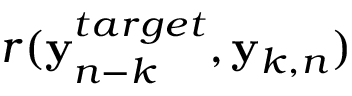
r ( { \bf y } _ { n - k } ^ { t a r g e t } , { \bf y } _ { k , n } )